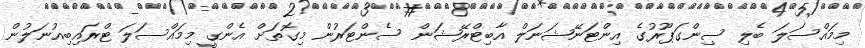
މިމައްސަލަ ބެލި ސިންގަޕޫރުގެ އިންޓަނޭޝަނަލް އާބިޓްރޭޝަން ސެންޓަރުން މިގޮތަށް އެންގީ މިމައްސަލަ ޓްރައިބިއުނަލުން